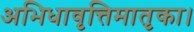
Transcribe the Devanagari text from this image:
अभिधावृत्तिमातृका।